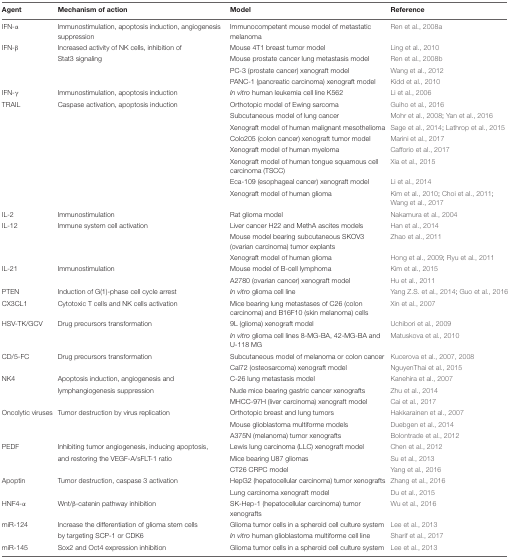
<table><thead><tr><td><b>Agent</b></td><td><b>Mechanism of action</b></td><td><b>Model</b></td><td><b>Reference</b></td></tr></thead><tbody><tr><td>IFN-α</td><td>Immunostimulation, apoptosis induction, angiogenesis suppression</td><td>Immunocompetent mouse model of metastatic melanoma</td><td>Ren et al., 2008a</td></tr><tr><td>IFN-β</td><td>Increased activity of NK cells, inhibition of</td><td>Mouse 4T1 breast tumor model</td><td>Ling et al., 2010</td></tr><tr><td></td><td>Stat3 signaling</td><td>Mouse prostate cancer lung metastasis model</td><td>Ren et al., 2008b</td></tr><tr><td></td><td></td><td>PC-3 (prostate cancer) xenograft model</td><td>Wang et al., 2012</td></tr><tr><td></td><td></td><td>PANC-1 (pancreatic carcinoma) xenograft model</td><td>Kidd et al., 2010</td></tr><tr><td>IFN-γ</td><td>Immunostimulation, apoptosis induction</td><td><i>In vitro</i> human leukemia cell line K562</td><td>Li et al., 2006</td></tr><tr><td>TRAIL</td><td>Caspase activation, apoptosis induction</td><td>Orthotopic model of Ewing sarcoma</td><td>Guiho et al., 2016</td></tr><tr><td></td><td></td><td>Subcutaneous model of lung cancer</td><td>Mohr et al., 2008; Yan et al., 2016</td></tr><tr><td></td><td></td><td>Xenograft model of human malignant mesothelioma</td><td>Sage et al., 2014; Lathrop et al., 2015</td></tr><tr><td></td><td></td><td>Colo205 (colon cancer) xenograft tumor model</td><td>Marini et al., 2017</td></tr><tr><td></td><td></td><td>Xenograft model of human myeloma</td><td>Cafforio et al., 2017</td></tr><tr><td></td><td></td><td>Xenograft model of human tongue squamous cell carcinoma (TSCC)</td><td>Xia et al., 2015</td></tr><tr><td></td><td></td><td>Eca-109 (esophageal cancer) xenograft model</td><td>Li et al., 2014</td></tr><tr><td></td><td></td><td>Xenograft model of human glioma</td><td>Kim et al., 2010; Choi et al., 2011;Wang et al., 2017</td></tr><tr><td>IL-2</td><td>Immunostimulation</td><td>Rat glioma model</td><td>Nakamura et al., 2004</td></tr><tr><td>IL-12</td><td>Immune system cell activation</td><td>Liver cancer H22 and MethA ascites models</td><td>Han et al., 2014</td></tr><tr><td></td><td></td><td>Mouse model bearing subcutaneous SKOV3 (ovarian carcinoma) tumor explants</td><td>Zhao et al., 2011</td></tr><tr><td></td><td></td><td>Xenograft model of human glioma</td><td>Hong et al., 2009; Ryu et al., 2011</td></tr><tr><td>IL-21</td><td>Immunostimulation</td><td>Mouse model of B-cell lymphoma</td><td>Kim et al., 2015</td></tr><tr><td></td><td></td><td>A2780 (ovarian cancer) xenograft model</td><td>Hu et al., 2011</td></tr><tr><td>PTEN</td><td>Induction of G(1)-phase cell cycle arrest</td><td><i>In vitro</i> glioma cell line</td><td>Yang Z.S. et al., 2014; Guo et al., 2016</td></tr><tr><td>CX3CL1</td><td>Cytotoxic T cells and NK cells activation</td><td>Mice bearing lung metastases of C26 (colon carcinoma) and B16F10 (skin melanoma) cells</td><td>Xin et al., 2007</td></tr><tr><td>HSV-TK/GCV</td><td>Drug precursors transformation</td><td>9L (glioma) xenograft model</td><td>Uchibori et al., 2009</td></tr><tr><td></td><td></td><td><i>In vitro</i> glioma cell lines 8-MG-BA, 42-MG-BA and U-118 MG</td><td>Matuskova et al., 2010</td></tr><tr><td>CD/5-FC</td><td>Drug precursors transformation</td><td>Subcutaneous model of melanoma or colon cancer</td><td>Kucerova et al., 2007, 2008</td></tr><tr><td></td><td></td><td>Cal72 (osteosarcoma) xenograft model</td><td>NguyenThai et al., 2015</td></tr><tr><td>NK4</td><td>Apoptosis induction, angiogenesis and</td><td>C-26 lung metastasis model</td><td>Kanehira et al., 2007</td></tr><tr><td></td><td>lymphangiogenesis suppression</td><td>Nude mice bearing gastric cancer xenografts</td><td>Zhu et al., 2014</td></tr><tr><td></td><td></td><td>MHCC-97H (liver carcinoma) xenograft model</td><td>Cai et al., 2017</td></tr><tr><td>Oncolytic viruses</td><td>Tumor destruction by virus replication</td><td>Orthotopic breast and lung tumors</td><td>Hakkarainen et al., 2007</td></tr><tr><td></td><td></td><td>Mouse glioblastoma multiforme models</td><td>Duebgen et al., 2014</td></tr><tr><td></td><td></td><td>A375N (melanoma) tumor xenografts</td><td>Bolontrade et al., 2012</td></tr><tr><td>PEDF</td><td>Inhibiting tumor angiogenesis, inducing apoptosis,</td><td>Lewis lung carcinoma (LLC) xenograft model</td><td>Chen et al., 2012</td></tr><tr><td></td><td>and restoring the VEGF-A/sFLT-1 ratio</td><td>Mice bearing U87 gliomas</td><td>Su et al., 2013</td></tr><tr><td></td><td></td><td>CT26 CRPC model</td><td>Yang et al., 2016</td></tr><tr><td>Apoptin</td><td>Tumor destruction, caspase 3 activation</td><td>HepG2 (hepatocellular carcinoma) tumor xenografts</td><td>Zhang et al., 2016</td></tr><tr><td></td><td></td><td>Lung carcinoma xenograft model</td><td>Du et al., 2015</td></tr><tr><td>HNF4-α</td><td>Wnt/β-catenin pathway inhibition</td><td>SK-Hep-1 (hepatocellular carcinoma) tumor xenografts</td><td>Wu et al., 2016</td></tr><tr><td>miR-124</td><td>Increase the differentiation of glioma stem cells</td><td>Glioma tumor cells in a spheroid cell culture system</td><td>Lee et al., 2013</td></tr><tr><td></td><td>by targeting SCP-1 or CDK6</td><td><i>In vitro</i> human glioblastoma multiforme cell line</td><td>Sharif et al., 2017</td></tr><tr><td>miR-145</td><td>Sox2 and Oct4 expression inhibition</td><td>Glioma tumor cells in a spheroid cell culture system</td><td>Lee et al., 2013</td></tr></tbody></table>